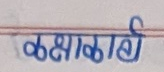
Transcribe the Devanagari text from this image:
कक्षाकार्य